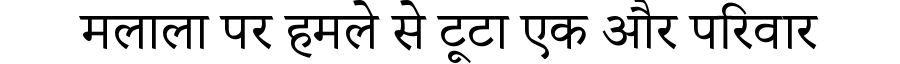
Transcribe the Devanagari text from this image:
मलाला पर हमले से टूटा एक और परिवार